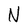
Character: N